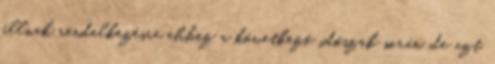
állnak rendelkezésre ehhez a következő időszak során, de azt